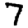
Digit: 7